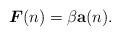
LaTeX: \begin{align*}\boldsymbol{F}(n)=\beta\mathbf{a}(n).\end{align*}